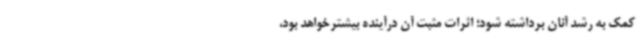
کمک به رشد آنان برداشته شود؛ اثرات مثبت آن درآینده بیشترخواهد بود،